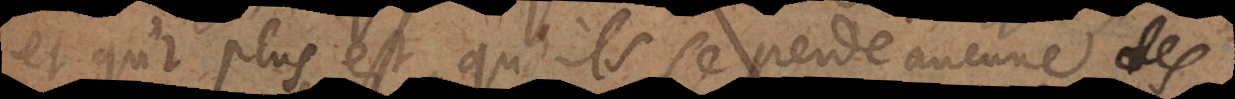
et qu’il plus est, qu’ils se perde aucune des